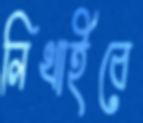
লিখাইবে